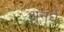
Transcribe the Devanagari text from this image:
अनर्घ